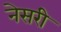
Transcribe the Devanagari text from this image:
नेसरी